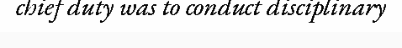
chief duty was to conduct disciplinary